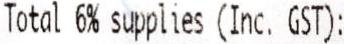
TOTAL 6% SUPPLIES (INC. GST):